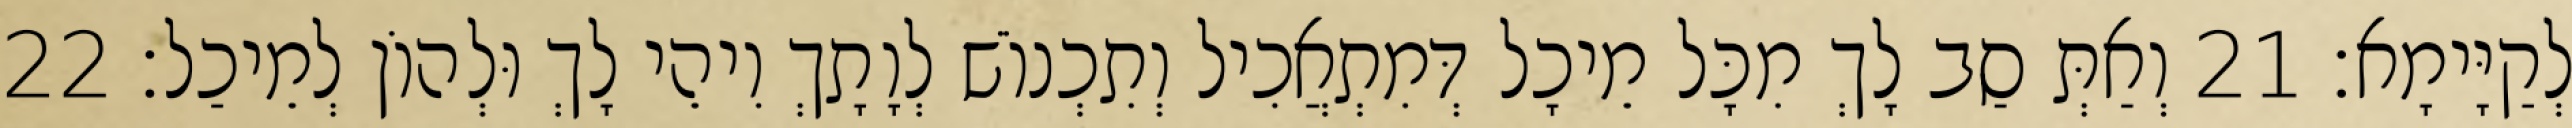
לְקַיָּימָא׃ 21 וְאַתְּ סַב לָךְ מִכָּל מֵיכָל דְּמִתְאֲכִיל וְתִכְנוֹשׁ לְוָתָךְ וִיהֵי לָךְ וּלְהוֹן לְמֵיכַל׃ 22